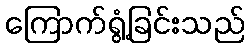
ကြောက်ရွံ့ခြင်းသည်